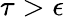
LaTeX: \tau>\epsilon